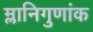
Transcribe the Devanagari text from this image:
म्लानिगुणांक